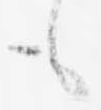
も